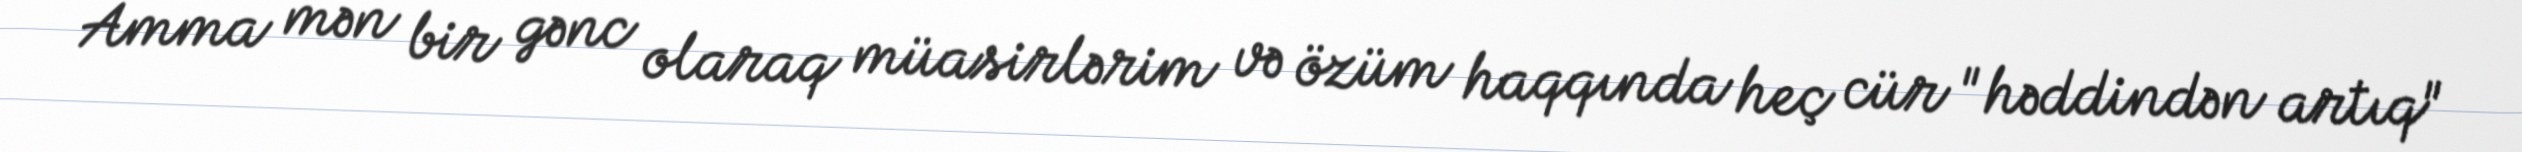
Amma mən bir gənc olaraq müasirlərim və özüm haqqında heç cür "həddindən artıq"